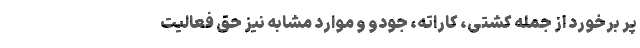
پر برخورد از جمله کشتی، کاراته، جودو و موارد مشابه نیز حق فعالیت